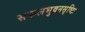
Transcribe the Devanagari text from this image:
सकलभुवनसृष्टिः